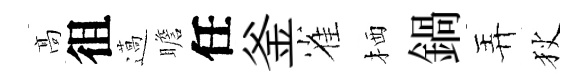
髙徂薖瞻任釜雀栖鍋弄狄